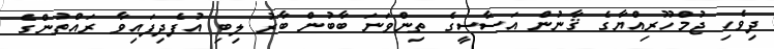
ދިވެހި ޖުމްހޫރިއްޔާގެ ޤާނުން އަސާސީގެ ތިންވަނަ ބާބުން ބާރު ލިބި އުފެދިފައިވާ ރައްތުންގެ